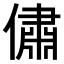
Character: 𠏐